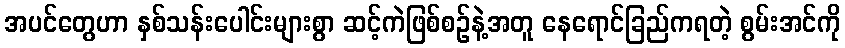
အပင်တွေဟာ နှစ်သန်းပေါင်းများစွာ ဆင့်ကဲဖြစ်စဉ်နဲ့အတူ နေရောင်ခြည်ကရတဲ့ စွမ်းအင်ကို